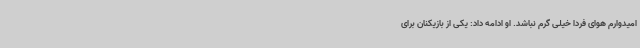
امیدوارم هوای فردا خیلی گرم نباشد. او ادامه داد: یکی از بازیکنان برای